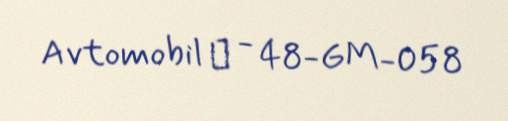
Avtomobil № - 48-GM-058